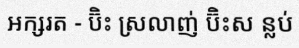
អក្សរត - ប៊ិះ ស្រលាញ់ ប៊ិះស ន្លប់